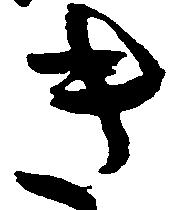
き